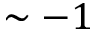
\sim - 1